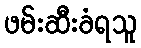
ဖမ်းဆီးခံရသူ